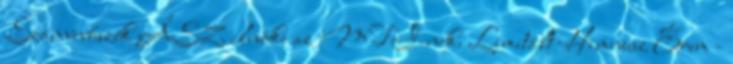
Számvevőszék ÁSZ elnöke az MTI-nek. Limitált Himnusz Érem -